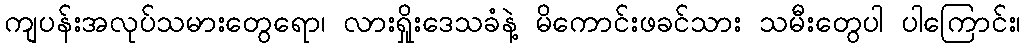
ကျပန်းအလုပ်သမားတွေရော၊ လားရှိုးဒေသခံနဲ့ မိကောင်းဖခင်သား သမီးတွေပါ ပါကြောင်း၊